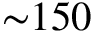
\mathord { \sim } 1 5 0